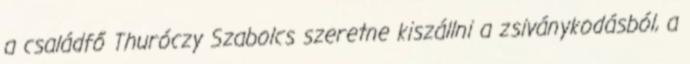
a családfő Thuróczy Szabolcs szeretne kiszállni a zsiványkodásból, a